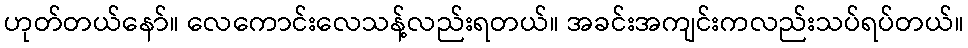
ဟုတ်တယ်နော်။ လေကောင်းလေသန့်လည်းရတယ်။ အခင်းအကျင်းကလည်းသပ်ရပ်တယ်။